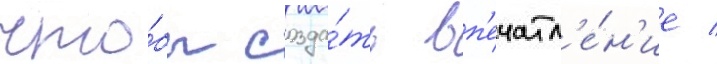
что́бы созда́ть вп'ечатл'е́н'ие /